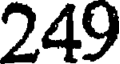
249